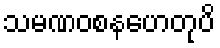
သမဏဝစနဟေတုပိ